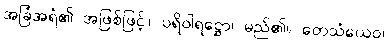
အခြံအရံ၏ အဖြစ်ဖြင့်။ ပရိဝါရဋ္ဌော၊ မည်၏။ တေသံယေဝ၊